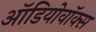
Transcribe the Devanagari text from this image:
ऑडियोवॉक्स